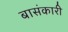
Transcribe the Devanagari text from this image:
बासंकारी